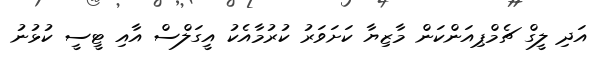
އަދި ލީގް ޗެމްޕިއަންކަން މާޒިޔާ ކަށަވަރު ކުރުމާއެކު އީގަލްސް އާއި ޓީސީ ކުޅުނު